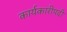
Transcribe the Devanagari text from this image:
कार्यकारीपदी